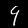
Label: 9